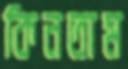
কিনতাম